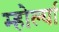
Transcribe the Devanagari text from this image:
म्होर्ल्या